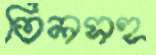
তিলসহ